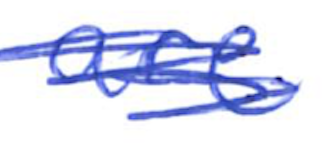
Text: are
Cross-out: scratch
Writing tool: ballpoint